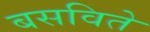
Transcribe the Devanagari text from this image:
बसविते